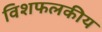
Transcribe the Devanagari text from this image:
विशफलकीय